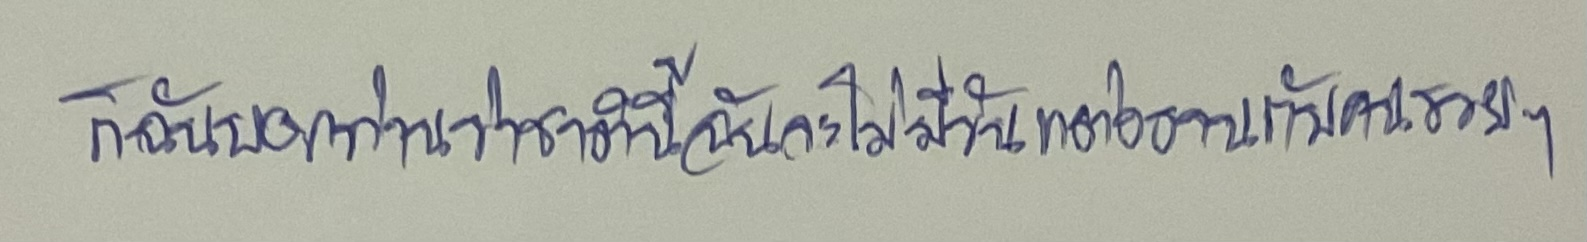
ก็ฉันบอกท่านว่าชาตินี้ฉันจะไม่มีวันแต่งงานกับคนรวยๆ